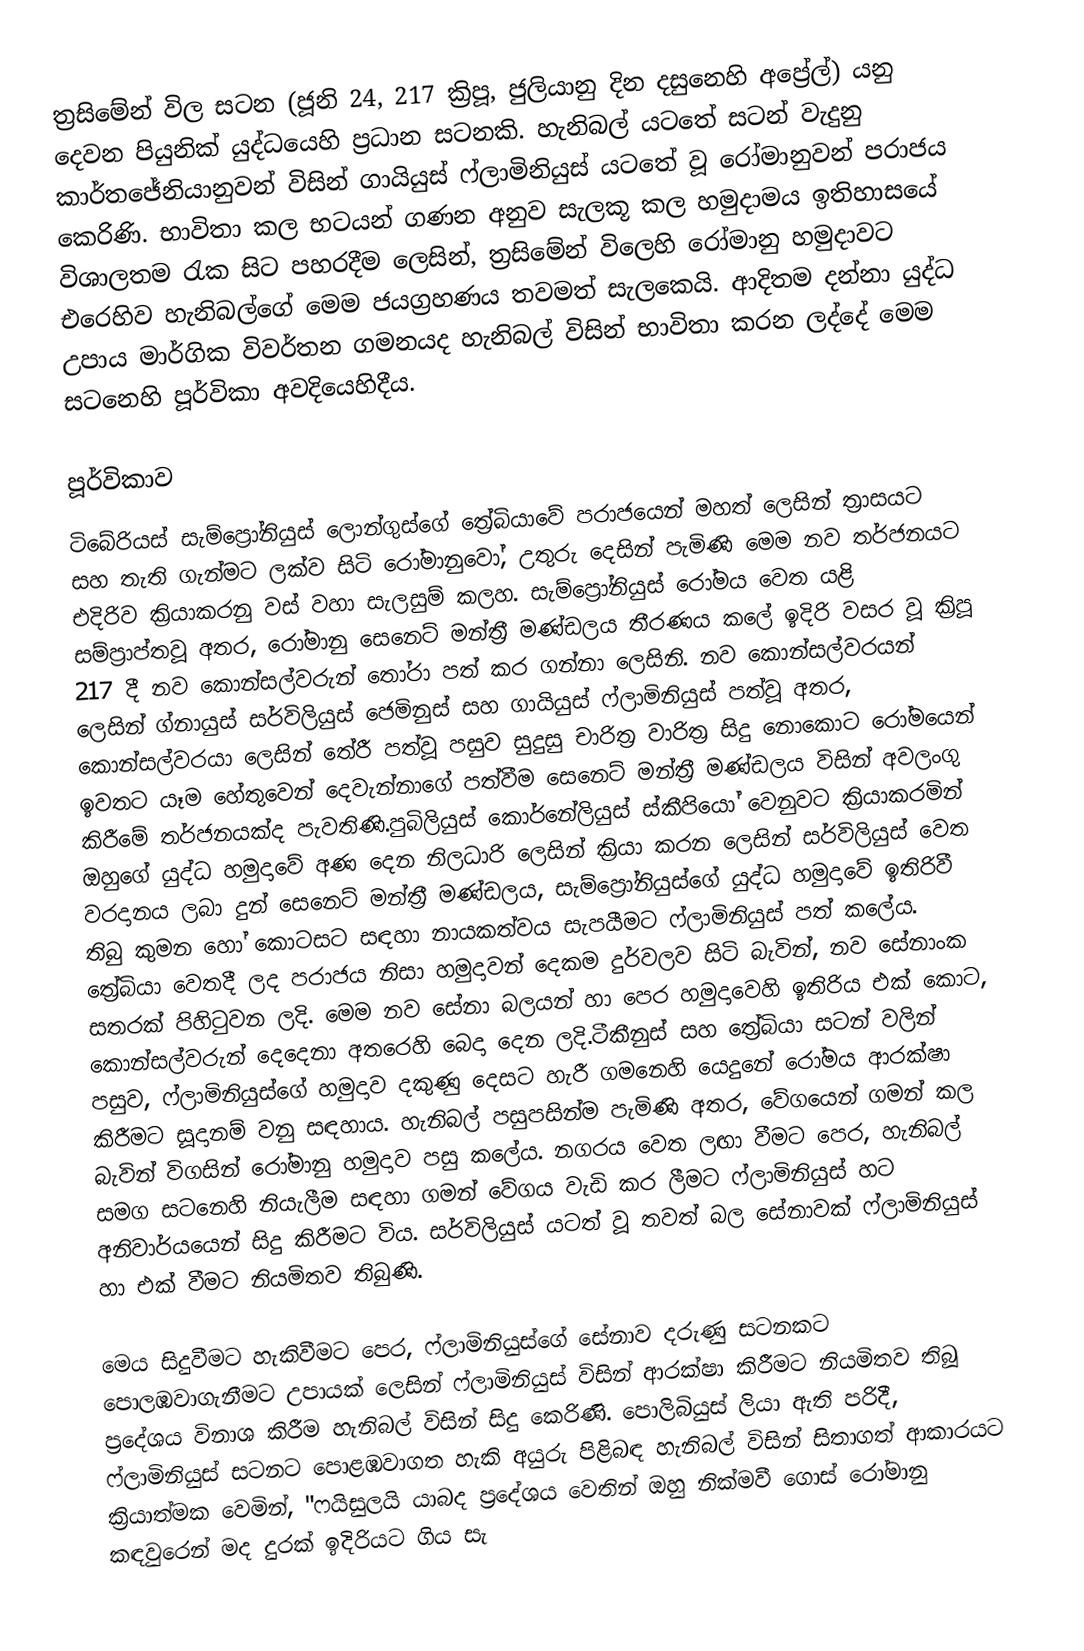
ත්‍රසිමේන් විල සටන (ජූනි 24, 217 ක්‍රිපූ, ජුලියානු දින දසුනෙහි අප්‍රේල්) යනු දෙවන පියුනික් යුද්ධයෙහි ප්‍රධාන සටනකි. හැනිබල් යටතේ සටන් වැදුනු කාර්තජේනියානුවන්  විසින්   ගායියුස් ෆ්ලාමිනියුස් යටතේ වූ රෝමානුවන් පරාජය කෙරිණි. භාවිතා කල භටයන් ගණන අනුව සැලකූ කල හමුදාමය ඉතිහාසයේ විශාලතම රැක සිට පහරදීම ලෙසින්,  ත්‍රසිමේන් විලෙහි රෝමානු හමුදාවට එරෙහිව හැනිබල්ගේ  මෙම ජයග්‍රහණය තවමත් සැලකෙයි. ආදිතම දන්නා යුද්ධ උපාය මාර්ගික  විවර්තන ගමනයද හැනිබල් විසින් භාවිතා කරන ලද්දේ මෙම සටනෙහි පූර්විකා අවදියෙහිදීය.

පූර්විකාව
 ටිබේරියස් සැම්ප්‍රෝනියුස් ලොන්ගුස්ගේ  ත්‍රේබියාවේ පරාජයෙන් මහත් ලෙසින් ත්‍රාසයට සහ තැති ගැන්මට ලක්ව සිටි රෝමානුවෝ, උතුරු දෙසින් පැමිණි මෙම නව තර්ජනයට එදිරිව ක්‍රියාකරනු වස් වහා සැලසුම් කලහ. සැම්ප්‍රෝනියුස් රෝමය වෙත යළි සම්ප්‍රාප්තවූ අතර, රෝමානු සෙනෙට් මන්ත්‍රී මණ්ඩලය තීරණය කලේ ඉදිරි වසර වූ ක්‍රිපූ 217 දී නව  කොන්සල්වරුන් තෝරා පත් කර ගන්නා ලෙසිනි. නව කොන්සල්වරයන් ලෙසින් ග්නායුස් සර්විලියුස් ජෙමිනුස් සහ  ගායියුස් ෆ්ලාමිනියුස් පත්වූ අතර, කොන්සල්වරයා ලෙසින් තේරී පත්වූ පසුව සුදුසු චාරිත්‍ර වාරිත්‍ර සිදු නොකොට රෝමයෙන් ඉවතට යෑම හේතුවෙන් දෙවැන්නාගේ පත්වීම සෙනෙට් මන්ත්‍රී මණ්ඩලය විසින් අවලංගු කිරීමේ තර්ජනයක්ද පැවතිණි.පුබිලියුස් කොර්නේලියුස් ස්කීපියෝ වෙනුවට ක්‍රියාකරමින් ඔහුගේ යුද්ධ හමුදාවේ අණ දෙන නිලධාරි ලෙසින් ක්‍රියා කරන ලෙසින්  සර්විලියුස් වෙත වරදානය ලබා දුන්  සෙනෙට් මන්ත්‍රී මණ්ඩලය, සැම්ප්‍රෝනියුස්ගේ යුද්ධ හමුදාවේ ඉතිරිවී තිබු කුමන හෝ කොටසට සඳහා නායකත්වය සැපයීමට ෆ්ලාමිනියුස් පත් කලේය. ත්‍රේබියා වෙතදී ලද පරාජය නිසා හමුදාවන් දෙකම දුර්වලව සිටි බැවින්, නව සේනාංක සතරක් පිහිටුවන ලදි. මෙම නව සේනා බලයන් හා පෙර හමුදාවෙහි ඉතිරිය එක් කොට, කොන්සල්වරුන් දෙදෙනා අතරෙහි බෙදා දෙන ලදි.ටීකීනුස් සහ ත්‍රේබියා සටන් වලින් පසුව, ෆ්ලාමිනියුස්ගේ හමුදාව දකුණු දෙසට හැරී ගමනෙහි යෙදුනේ රෝමය ආරක්ෂා කිරීමට සූදානම් වනු සඳහාය. හැනිබල් පසුපසින්ම පැමිණි අතර, වේගයෙන් ගමන් කල බැවින් විගසින් රෝමානු හමුදාව පසු කලේය. නගරය වෙත ලඟා වීමට පෙර, හැනිබල් සමග සටනෙහි නියැලීම සඳහා ගමන් වේගය වැඩි කර ලීමට ෆ්ලාමිනියුස් හට අනිවාර්යයෙන් සිදු කිරීමට විය. සර්විලියුස් යටත් වූ තවත් බල සේනාවක්  ෆ්ලාමිනියුස් හා එක් වීමට නියමිතව තිබුණි.

මෙය සිදුවීමට හැකිවීමට පෙර, ෆ්ලාමිනියුස්ගේ සේනාව දරුණු සටනකට පොලඹවාගැනීමට උපායක් ලෙසින්  ෆ්ලාමිනියුස් විසින් ආරක්ෂා කිරීමට නියමිතව තිබූ ප්‍රදේශය විනාශ කිරීම හැනිබල් විසින් සිදු කෙරිණි. පොලිබියුස් ලියා ඇති පරිදී,  ෆ්ලාමිනියුස් සටනට පොළඹවාගත හැකි අයුරු පිළිබඳ හැනිබල් විසින් සිතාගත් ආකාරයට ක්‍රියාත්මක වෙමින්,   "ෆයිසුලයි යාබද ප්‍රදේශය වෙතින් ඔහු නික්මවී ගොස් රෝමානු කඳවුරෙන් මද දුරක් ඉදිරියට ගිය සැ